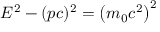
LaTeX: E ^ { 2 } - ( p c ) ^ { 2 } = \left( m _ { 0 } c ^ { 2 } \right) ^ { 2 }